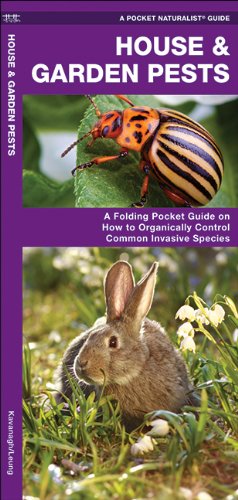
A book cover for House & Garden Pests: How to Organically Control Common Invasive Species (Pocket Naturalist Guide Series); James Kavanagh; Crafts, Hobbies & Home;